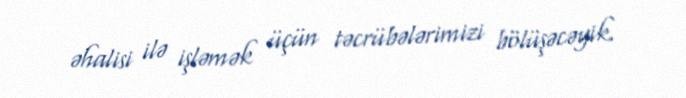
əhalisi ilə işləmək üçün təcrübələrimizi bölüşəcəyik.